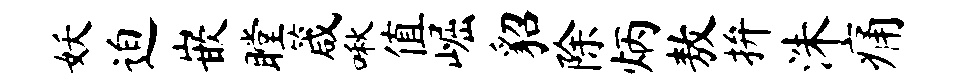
妖迫嵌瞠箴啾值崛貂除炳敖拚洙痛